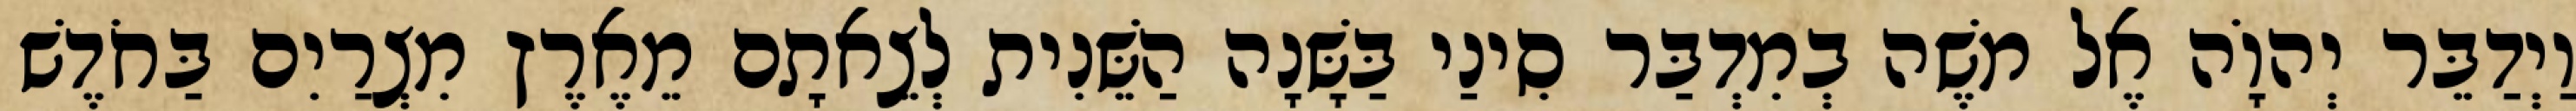
וַיְדַבֵּר יְהוָֹה אֶל משֶׁה בְמִדְבַּר סִינַי בַּשָּׁנָה הַשֵּׁנִית לְצֵאתָם מֵאֶרֶץ מִצְרַיִם בַּחֹדֶשׁ